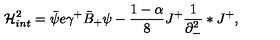
{ \cal H } _ { i n t } ^ { 2 } = \bar { \psi } e \gamma ^ { + } \bar { B } _ { + } \psi - \frac { 1 - \alpha } { 8 } J ^ { + } \frac { 1 } { \partial _ { - } ^ { 2 } } \ast J ^ { + } ,